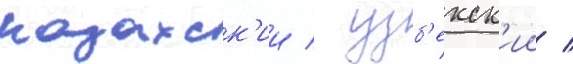
казахск'ии / узб'екск'ии /